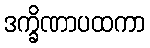
ဒက္ခိဏာပထကာ